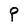
Character: P